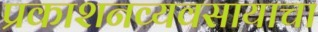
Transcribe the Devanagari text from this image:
प्रकाशनव्यवसायाचा